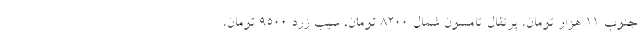
جنوب ۱۱ هزار تومان، پرتقال تامسون شمال ۸۲۰۰ تومان، سیب زرد ۹۵۰۰ تومان،